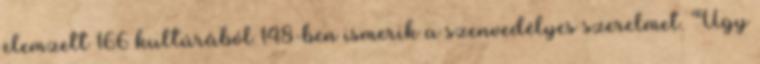
elemzett 166 kultúrából 148-ben ismerik a szenvedélyes szerelmet. Úgy